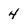
Character: 4